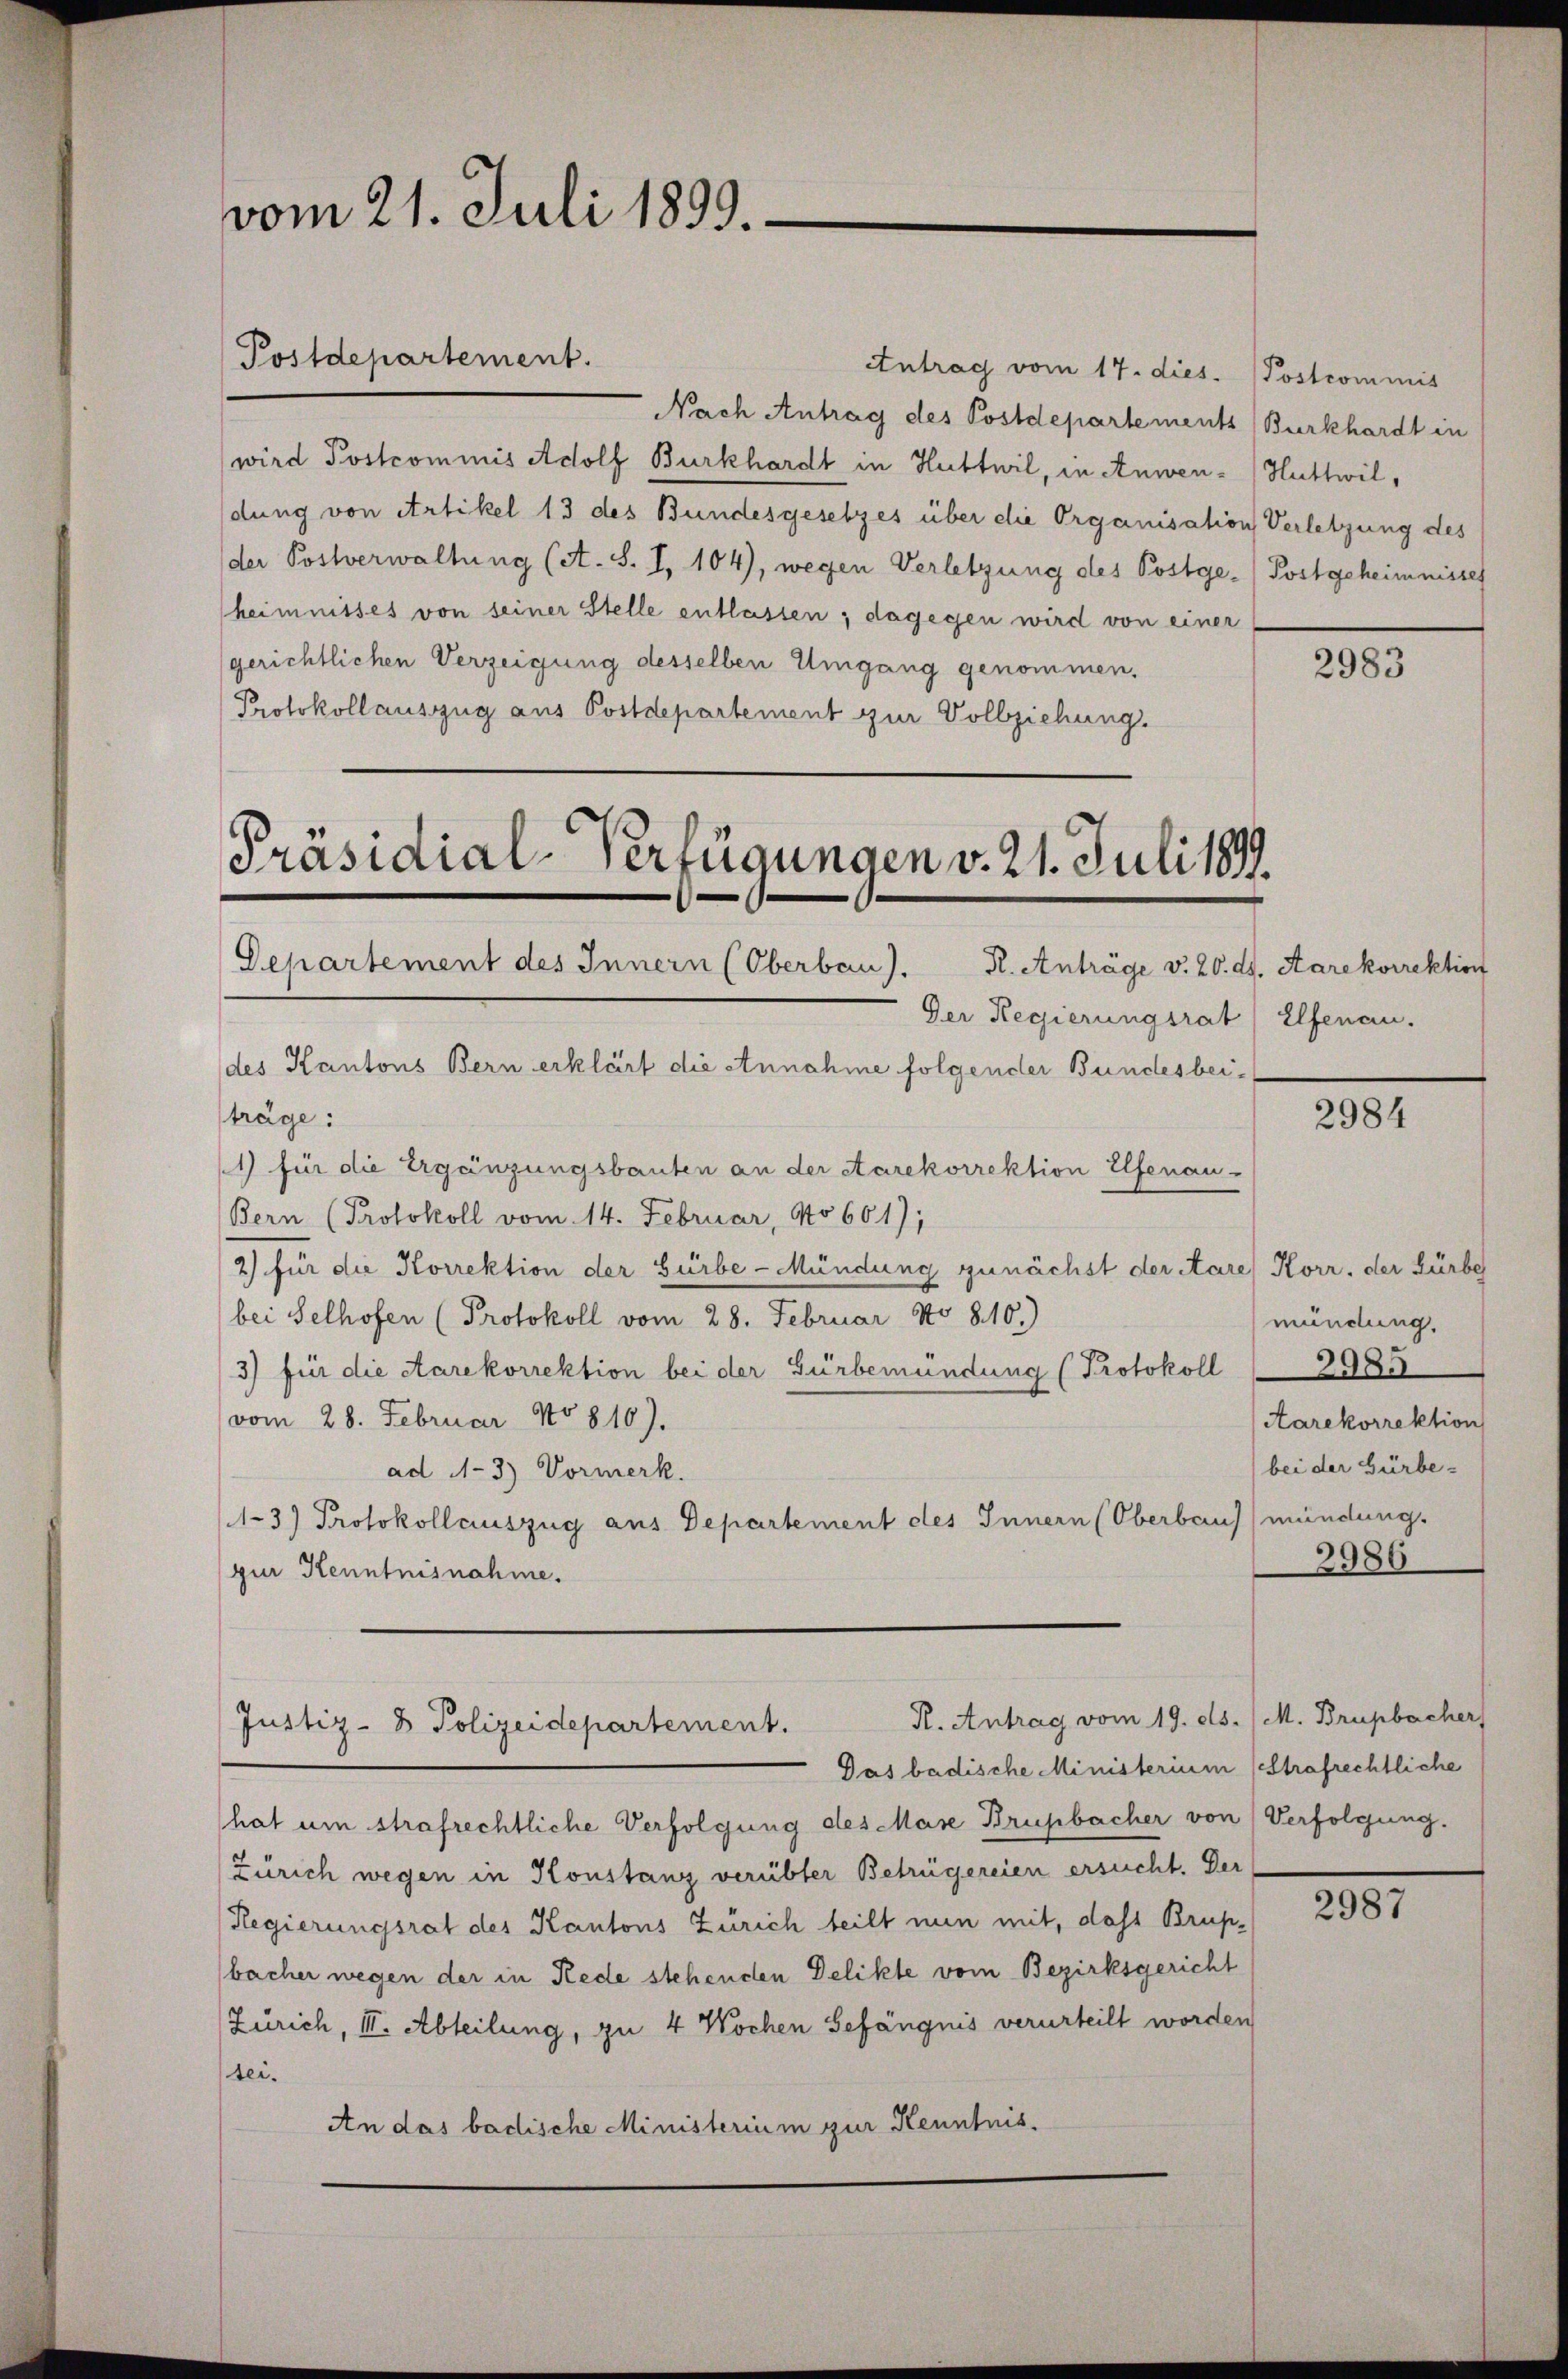
vom 21. Juli 1899.

Nach Antrag des Postdepartement (Burkhardt in
wird Postcommis Adolf Burkhardt in Huttwil, in Anwen-Huttwildung von Artikel 13 des Bundesgesetzes über die Organisation Verletzung des
der Postverwaltung (lt. S. I, 104), wegen Verletzung des Postge- (Postgeheimnisses
heimnisses von seiner Stelle entlassen; dagegen wird von einer
gerichtlichen Verzeigung desselben Umgang genommen.
Protokollauszug aus Postdepartement zur Vollziehung.

Postdepartement.

Präsidial-Verfügungen v. 21. Juli 1899.
Departement des Innern (Oberbau). R. Anträge v. 20. ds. Aarekvirektion
Der Regierungsrat

Antrag vom 17. dies. (Postcommis

des Kantons Bern erklärt die Annahme folgender Bundesbeiträge:
1) für die Ergänzungsbauten an der Aarekorrektion Elfenau-
Bern (Protokoll vom 14. Februar, No 661);
2) für die Korrektion der Gürbe-Mündung zunächst der Aare) Korr, der Gürbe
bei Selhofen (Protokoll vom 28. Februar No. 810.)
3) für die Aarekorrektion bei der Gürbemündung (Protokoll
vom 28. Februar No 810).
ad A-3) Vormerk.
1-3) Protokollauszug aus Departement des Innern (Oberbaus mündung.
zur Kenntnisnahme.
R. Antrag vom 19. ds. (M. Brupbacher
Justiz- & Polizeidepartement.
Gas badische Ministerium (Strafrechtliche
hat um strafrechtliche Verfolgung des Mase Brupbacher von
Zürich wegen in Konstanz verübter Betrügereien ersucht. Der
Regierungsrat des Kantons Zürich teilt nun mit, dass Brupbacher wegen der in Rede stehenden Delikte vom Bezirksgericht
(Zürich, III. Abteilung, zu 4 Wochen Gefängnis verurteilt worden
tei.
An das badische Ministerium zur Kenntnis.

Elfenau.

2983

2984

mündung.
3985
Aarekorrektion
(bei der Gürbe-
2986

Verfolgung.

2987